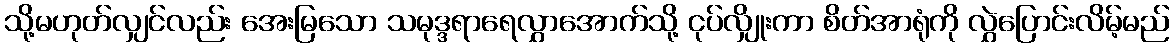
သို့မဟုတ်လျှင်လည်း အေးမြသော သမုဒ္ဒရာရေလွှာအောက်သို့ ငုပ်လျှိုးကာ စိတ်အာရုံကို လွှဲပြောင်းလိမ့်မည်